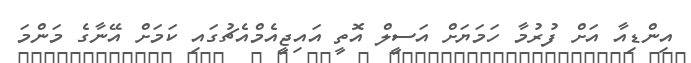
އިންޑިއާ އަށް ފުރުމާ ހަމަޔަށް އަސީލް އޮތީ އައިޖީއެމްއެޗުގައި ކަމަށް އޭނާގެ މަންމަ